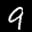
Label: 9